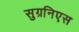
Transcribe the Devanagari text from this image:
सुग्रनिएस